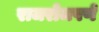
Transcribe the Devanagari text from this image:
राजरोजपणे